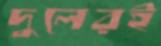
দুলেরই